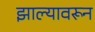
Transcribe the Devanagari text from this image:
झाल्यावरून